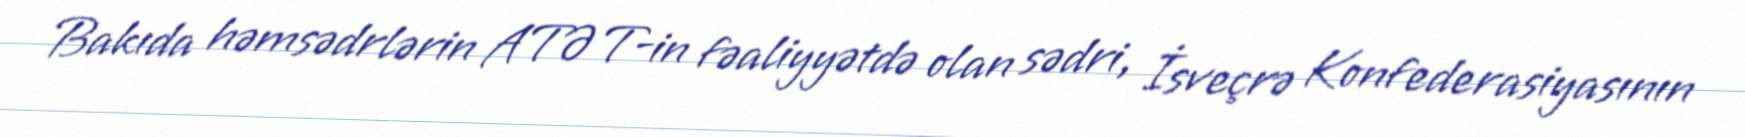
Bakıda həmsədrlərin ATƏT-in fəaliyyətdə olan sədri, İsveçrə Konfederasiyasının